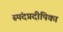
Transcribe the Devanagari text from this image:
स्पंदप्रदीपिका